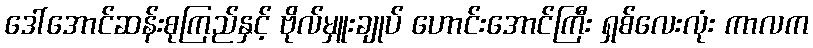
ဒေါ်အောင်ဆန်းစုကြည်နှင့် ဗိုလ်မှူးချုပ် ဟောင်းအောင်ကြီး ရှစ်လေးလုံး ကာလက